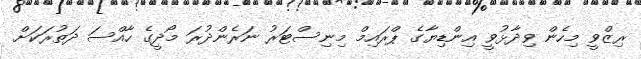
ރިޒްވީ މިހެން ވިދާޅުވީ އިންޑިޔާގެ ޕްރައިމް މިނިސްޓަރު ނަރެންދުރަ މޯދީގެ ހާއްސަ ދަތުރަކަށް